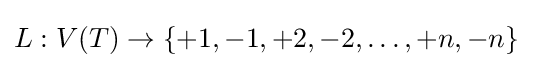
L:V(T)\to \{+1,-1,+2,-2,\ldots ,+n,-n\}